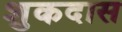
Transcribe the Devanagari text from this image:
शुकदास